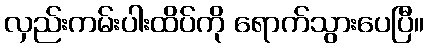
လှည်းကမ်းပါးထိပ်ကို ရောက်သွားပေပြီ။